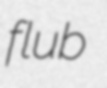
flub